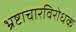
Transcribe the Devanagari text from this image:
भ्रष्टाचारविरोधक